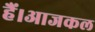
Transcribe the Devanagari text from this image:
हैं।आजकल